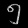
Digit: ၅